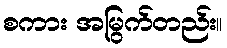
စကား အမြွက်တည်း။